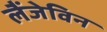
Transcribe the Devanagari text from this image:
लैंजेविन